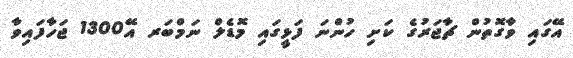
އޭގައި ވާގޮތުން ޗާޖަރުގެ ކަށި ހުންނަ ފަޅީގައި މޮޑެލް ނަމްބަރ އޭ1300 ޖަހާފައިވާ